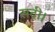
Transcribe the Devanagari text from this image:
सदी।